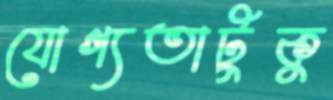
যোগ্যতাটুকু